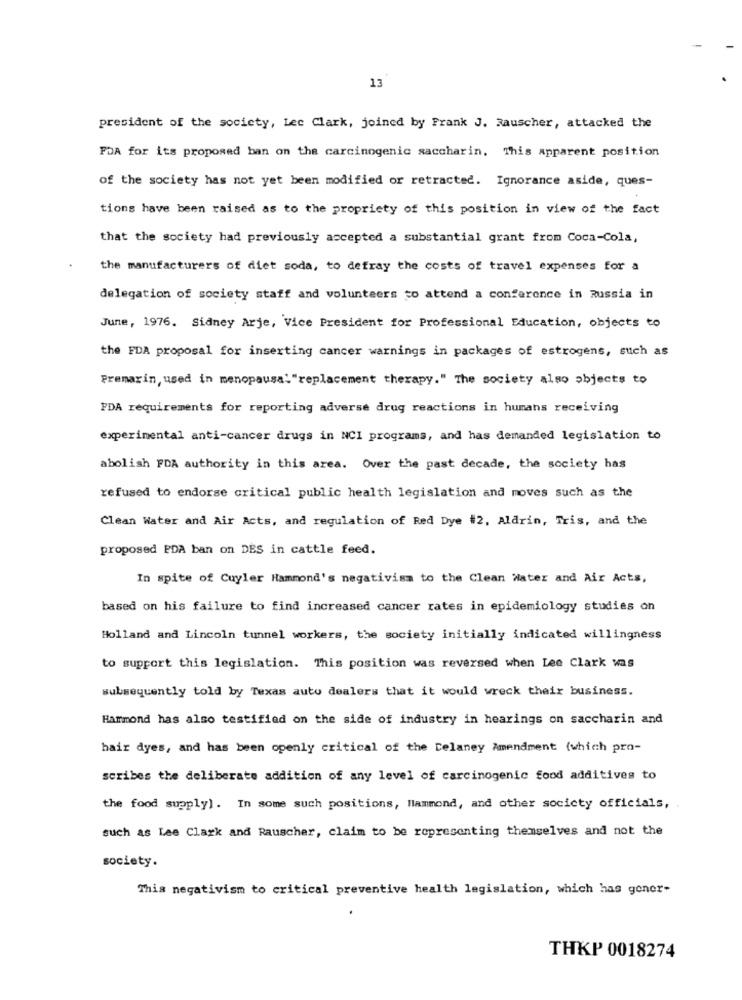
13
president of the society, Lec Clark, joined by Frank J. Rauscher, attacked the
FDA for its proposed ban on the carcinogenic saccharin. This apparent position
of the society has not yet been modified or retracted. Ignorance aside, ques-
tions have been raised as to the propriety of this position in view of the fact
that the society had previously accepted a substantial grant from Coca-Cola,
the manufacturers of diet soda, to defray the costs of travel expenses for a
delegation of society staff and volunteers to attend a conference in Russia in
June, 1976. Sidney Arje, Vice President for Professional Education, objects to
the FDA proposal for inserting cancer warnings in packages of estrogens, such as
Premarin, used in menopausa: "replacement therapy." The society also objects to
FDA requirements for reporting adverse drug reactions in humans receiving
experimental anti-cancer drugs in NCI programs, and has demanded legislation to
abolish FDA authority in this area. Over the past decade, the society has
refused to endorse critical public health legislation and moves such as the
Clean Water and Air Acts, and regulation of Red Dye #2. Aldrin, Tris, and the
proposed PDA ban on DES in cattle feed.
In spite of Cuyler Hammond's negativism to the Clean Water and Air Acts,
based on his failure to find increased cancer rates in epidemiology studies on
Holland and Lincoln tunnel workers, the society initially indicated willingness
to support this legislation. This position was reversed when Lee Clark vas
subsequently told by Texas auto dealers that it would wreck their business.
Hammond has also testified on the side of industry in hearings on saccharin and
hair dyes, and has been openly critical of the Delaney Amendment (which pro-
scribes the deliberate addition of any level of carcinogenic food additives to
the food supply]. In some such positions, Hammond, and other society officials,
such as Lee Clark and Rauscher, claim to be representing themselves and not the
society.
This negativism to critical preventive health legislation, which has goner-
THKP 0018274